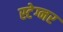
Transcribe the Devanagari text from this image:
स्टेग्नर